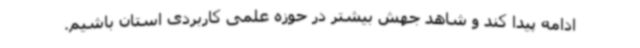
ادامه پیدا کند و شاهد جهش بیشتر در حوزه علمی کاربردی استان باشیم.